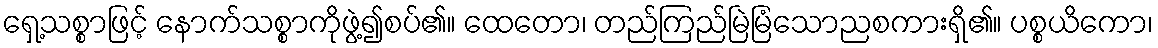
ရှေ့သစ္စာဖြင့် နောက်သစ္စာကိုဖွဲ့၍စပ်၏။ ထေတော၊ တည်ကြည်မြဲမြံသောညစကားရှိ၏။ ပစ္စယိကော၊